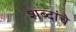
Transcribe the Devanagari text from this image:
शब्दांंचे